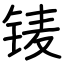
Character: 鿏